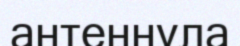
антеннула